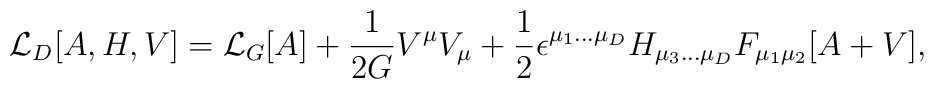
{\cal L}_{D}[A,H,V] = {\cal L}_G[A]          + \frac{1}{2G}V^{\mu}V_{\mu}          + \frac{1}{2}          \epsilon^{\mu_1 ... \mu_D} H_{\mu_3 ... \mu_D}      F_{\mu_1\mu_2}[A+V],